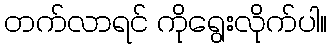
တက်လာရင် ကိုရွေးလိုက်ပါ။